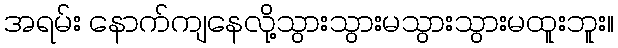
အရမ်း နောက်ကျနေလို့သွားသွားမသွားသွားမထူးဘူး။